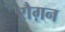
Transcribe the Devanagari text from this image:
रौग़न